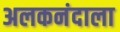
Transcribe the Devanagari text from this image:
अलकनंदाला